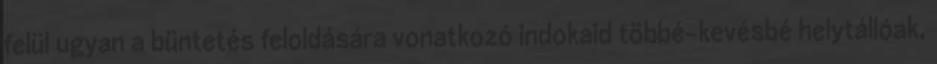
felül ugyan a büntetés feloldására vonatkozó indokaid többé-kevésbé helytállóak,